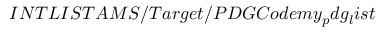
I N T L I S T A M S / T a r g e t / P D G C o d e m y _ { p } d g _ { l } i s t